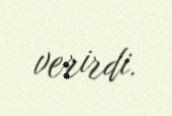
verirdi.